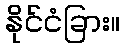
နိုင်ငံခြား။